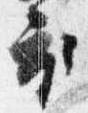
衣